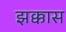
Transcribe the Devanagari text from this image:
झक्कास